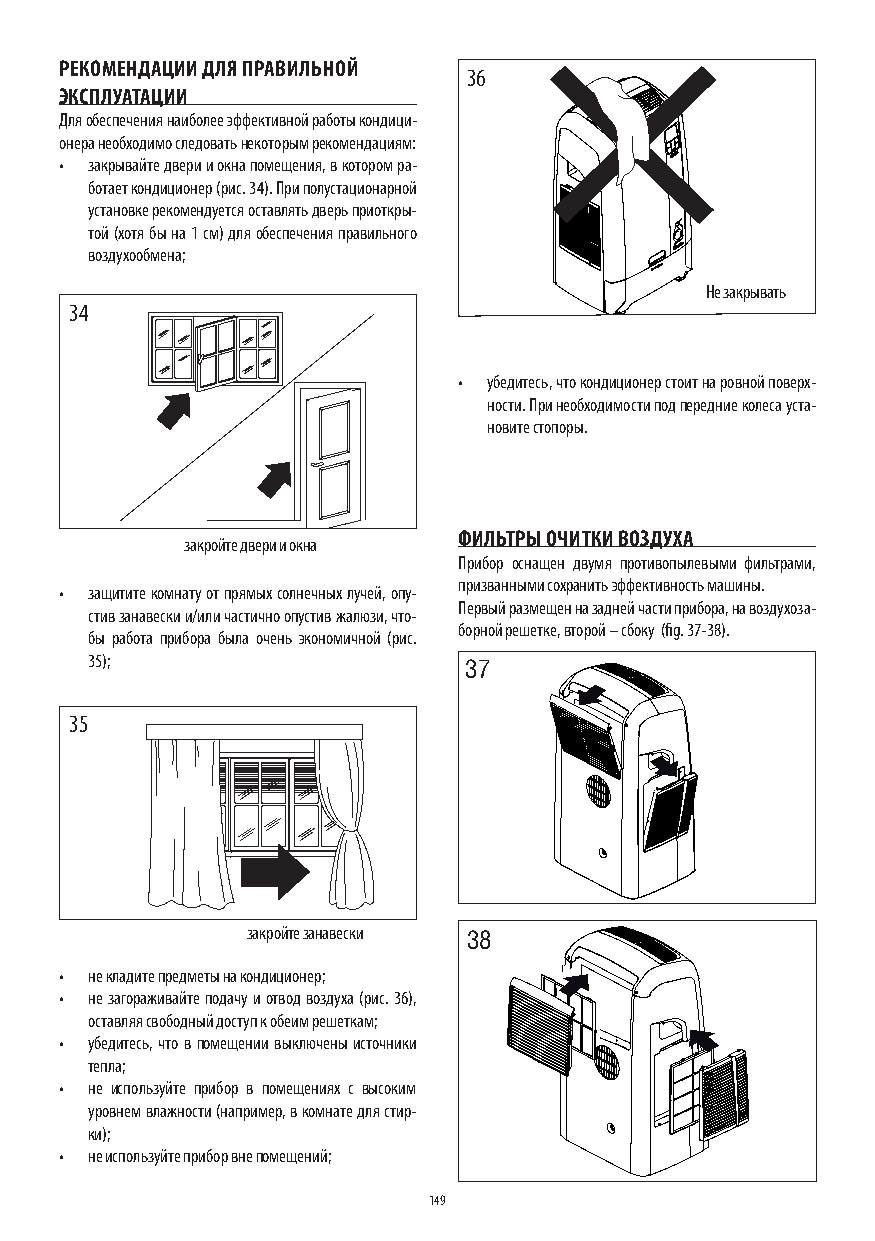
РЕКОМЕНДАЦИИ ДЛЯ ПРАВИЛЬНОЙ
 36
 ЭКСПЛУАТАЦИИ
 Для обеспечения наиболее эффективной работы кондици-
 онера необходимо следовать некоторым рекомендациям:
 • закрывайте двери и окна помещения, в котором ра-
 ботает кондиционер (рис. 34). При полустационарной
 установке рекомендуется оставлять дверь приоткры-
 той (хотя бы на 1 см) для обеспечения правильного
 воздухообмена;
 Не закрывать
 34
 • убедитесь, что кондиционер стоит на ровной поверх-
 ности. При необходимости под передние колеса уста-
 новите стопоры.
 ФИЛЬТРЫ ОЧИТКИ ВОЗДУХА
 закройте двери и окна
 Прибор оснащен двумя противопылевыми фильтрами,
 призванными сохранить эффективность машины.
 • защитите комнату от прямых солнечных лучей, опу-
 Первый размещен на задней части прибора, на воздухоза-
 стив занавески и/или частично опустив жалюзи, что-
 борной решетке, второй – сбоку (fig. 37-38).
 бы работа прибора была очень экономичной (рис.
 35);
 37
 35
 закройте занавески 38
 • не кладите предметы на кондиционер;
 • не загораживайте подачу и отвод воздуха (рис. 36),
 оставляя свободный доступ к обеим решеткам;
 • убедитесь, что в помещении выключены источники
 тепла;
 • не используйте прибор в помещениях с высоким
 уровнем влажности (например, в комнате для стир-
 ки);
 • не используйте прибор вне помещений;
 149